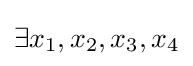
\exists x_{1},x_{2},x_{3},x_{4}